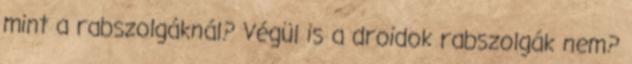
mint a rabszolgáknál? Végül is a droidok rabszolgák nem?